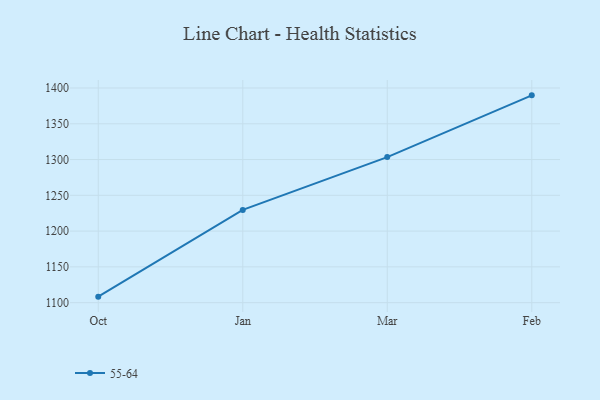
{"axis": {"x": "Month", "y": "Revenue (USD Million)"}, "legend": ["55-64"], "data": [{"x": "Oct", "y": 1108.4, "type": "55-64"}, {"x": "Jan", "y": 1229.6, "type": "55-64"}, {"x": "Mar", "y": 1303.4, "type": "55-64"}, {"x": "Feb", "y": 1389.7, "type": "55-64"}]}